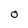
Character: O